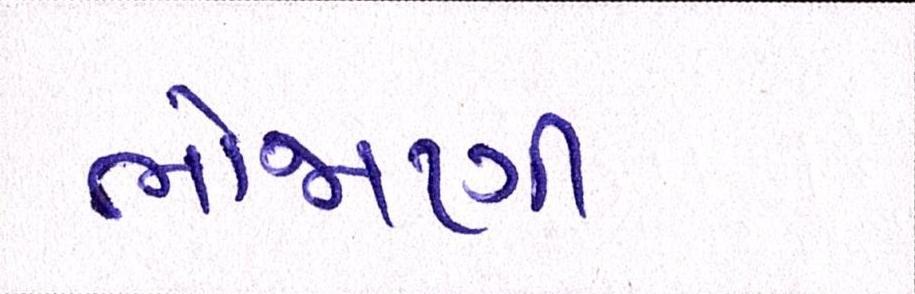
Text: ભોજાણી